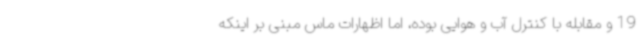
19 و مقابله با کنترل آب و هوایی بوده، اما اظهارات ماس مبنی بر اینکه